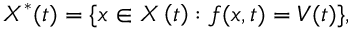
X ^ { \ast } ( t ) = \{ x \in X \left( t \right) : f ( x , t ) = V ( t ) \} { \mathrm { , ~ } }